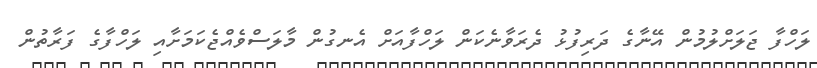
ލަހްފާ ޖަލަށްލުމުން އޭނާގެ ދަރިފުޅު ދެރަވާނެކަން ލަހްފާއަށް އެނގުން މާލަސްވެއްޖެކަމަށާއި ލަހްފާގެ ފަރާތުން